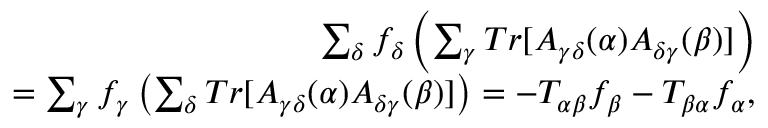
\begin{array} { r } { \sum _ { \delta } f _ { \delta } \left( \sum _ { \gamma } T r [ A _ { \gamma \delta } ( \alpha ) A _ { \delta \gamma } ( \beta ) ] \right) } \\ { = \sum _ { \gamma } f _ { \gamma } \left( \sum _ { \delta } T r [ A _ { \gamma \delta } ( \alpha ) A _ { \delta \gamma } ( \beta ) ] \right) = - T _ { \alpha \beta } f _ { \beta } - T _ { \beta \alpha } f _ { \alpha } , } \end{array}